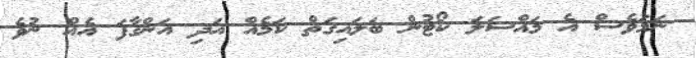
ނަމަވެސް އެ މައްސަލަ ކޯޓުން ބަލައިގަތް ކަމެއް އަދި އަންގާފަ އެއް ނުވެ